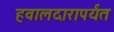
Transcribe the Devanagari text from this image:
हवालदारापर्यंत